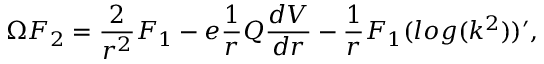
\Omega F _ { 2 } = \frac { 2 } { r ^ { 2 } } F _ { 1 } - e \frac { 1 } { r } Q \frac { d V } { d r } - \frac { 1 } { r } F _ { 1 } ( l o g ( k ^ { 2 } ) ) ^ { \prime } ,